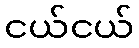
ငယ်ငယ်